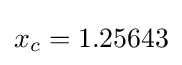
x_{c}=1.25643